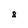
Character: 8